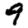
Digit: 9